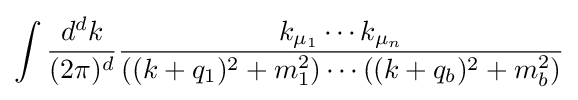
\int {\frac {d^{d}k}{(2\pi )^{d}}}{\frac {k_{\mu _{1}}\cdots k_{\mu _{n}}}{((k+q_{1})^{2}+m_{1}^{2})\cdots ((k+q_{b})^{2}+m_{b}^{2})}}